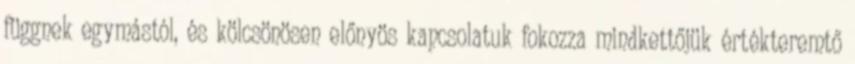
függnek egymástól, és kölcsönösen előnyös kapcsolatuk fokozza mindkettőjük értékteremtő